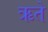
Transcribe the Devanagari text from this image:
ऋते